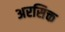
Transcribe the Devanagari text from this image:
अरसिक्त